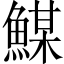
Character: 𩹮